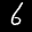
Label: 6